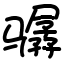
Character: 骣